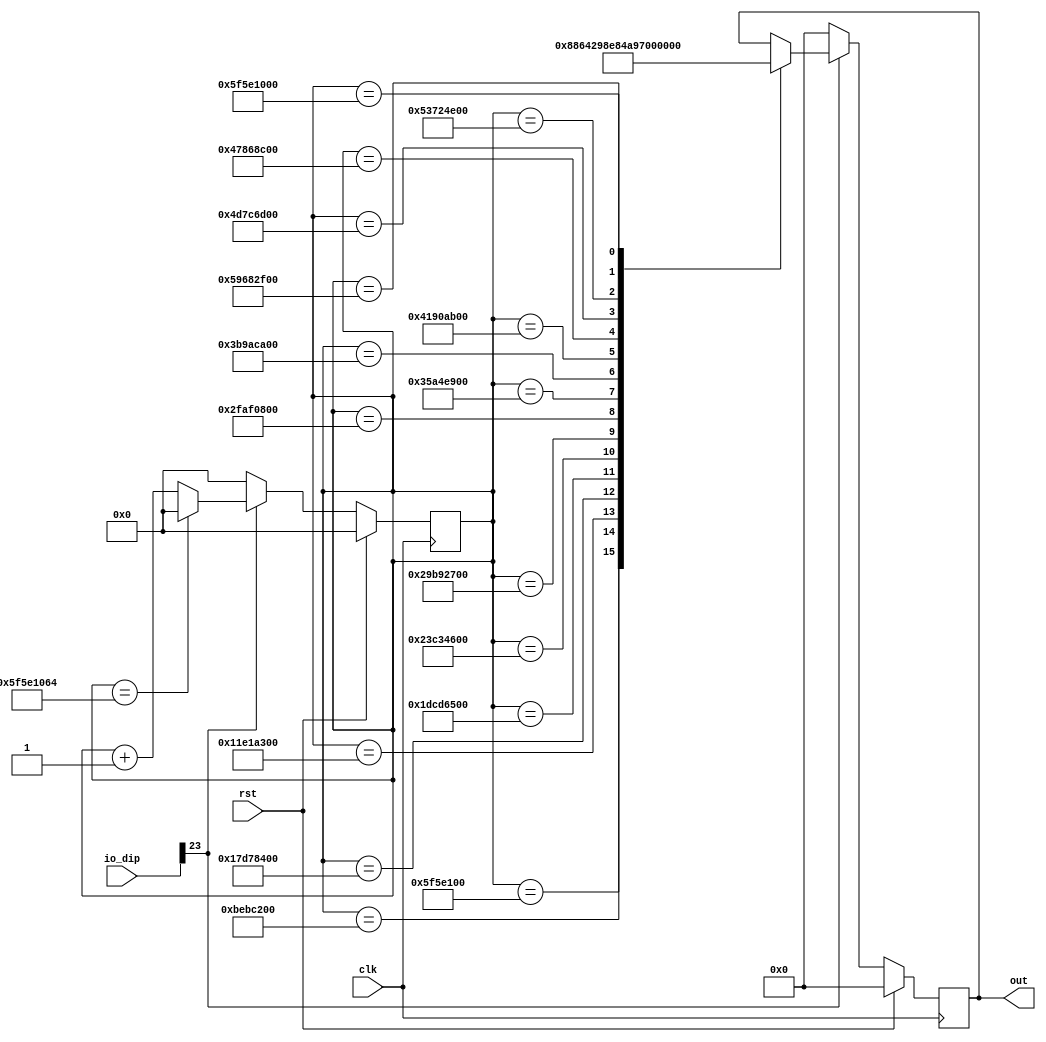
module autoclk_4 (
    input clk,
    input rst,
    input [23:0] io_dip,
    output reg [4:0] out
  );
  
  
  
  reg [30:0] M_fast_clk_d, M_fast_clk_q = 31'h00000000;
  reg [4:0] M_slow_clk_d, M_slow_clk_q = 5'h00;
  
  always @* begin
    M_fast_clk_d = M_fast_clk_q;
    M_slow_clk_d = M_slow_clk_q;
    
    if (!io_dip[16+7+0-:1]) begin
      M_fast_clk_d = 1'h0;
      M_slow_clk_d = 1'h0;
    end else begin
      if (M_fast_clk_q == 31'h5f5e1064) begin
        M_fast_clk_d = 1'h0;
      end else begin
        M_fast_clk_d = M_fast_clk_q + 1'h1;
      end
      
      case (M_fast_clk_q)
        27'h5f5e100: begin
          M_slow_clk_d = 1'h1;
        end
        28'hbebc200: begin
          M_slow_clk_d = 2'h2;
        end
        29'h11e1a300: begin
          M_slow_clk_d = 2'h3;
        end
        29'h17d78400: begin
          M_slow_clk_d = 3'h4;
        end
        29'h1dcd6500: begin
          M_slow_clk_d = 3'h5;
        end
        30'h23c34600: begin
          M_slow_clk_d = 3'h6;
        end
        30'h29b92700: begin
          M_slow_clk_d = 3'h7;
        end
        30'h2faf0800: begin
          M_slow_clk_d = 4'h8;
        end
        30'h35a4e900: begin
          M_slow_clk_d = 4'h9;
        end
        30'h3b9aca00: begin
          M_slow_clk_d = 4'ha;
        end
        31'h4190ab00: begin
          M_slow_clk_d = 4'hb;
        end
        31'h47868c00: begin
          M_slow_clk_d = 4'hc;
        end
        31'h4d7c6d00: begin
          M_slow_clk_d = 4'hd;
        end
        31'h53724e00: begin
          M_slow_clk_d = 4'he;
        end
        31'h59682f00: begin
          M_slow_clk_d = 4'hf;
        end
        31'h5f5e1000: begin
          M_slow_clk_d = 5'h10;
        end
      endcase
    end
    out = M_slow_clk_q;
  end
  
  always @(posedge clk) begin
    if (rst == 1'b1) begin
      M_fast_clk_q <= 31'h00000000;
      M_slow_clk_q <= 5'h00;
    end else begin
      M_fast_clk_q <= M_fast_clk_d;
      M_slow_clk_q <= M_slow_clk_d;
    end
  end
  
endmodule